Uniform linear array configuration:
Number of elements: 8
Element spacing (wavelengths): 0.75
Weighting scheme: blackman
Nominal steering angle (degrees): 15
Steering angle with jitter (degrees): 16.021
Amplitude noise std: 0.05
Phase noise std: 0.05

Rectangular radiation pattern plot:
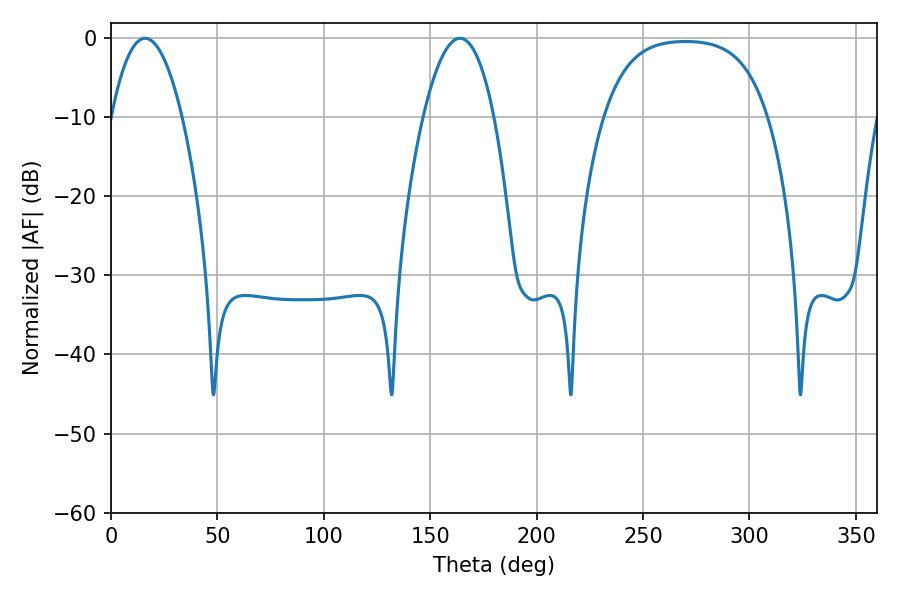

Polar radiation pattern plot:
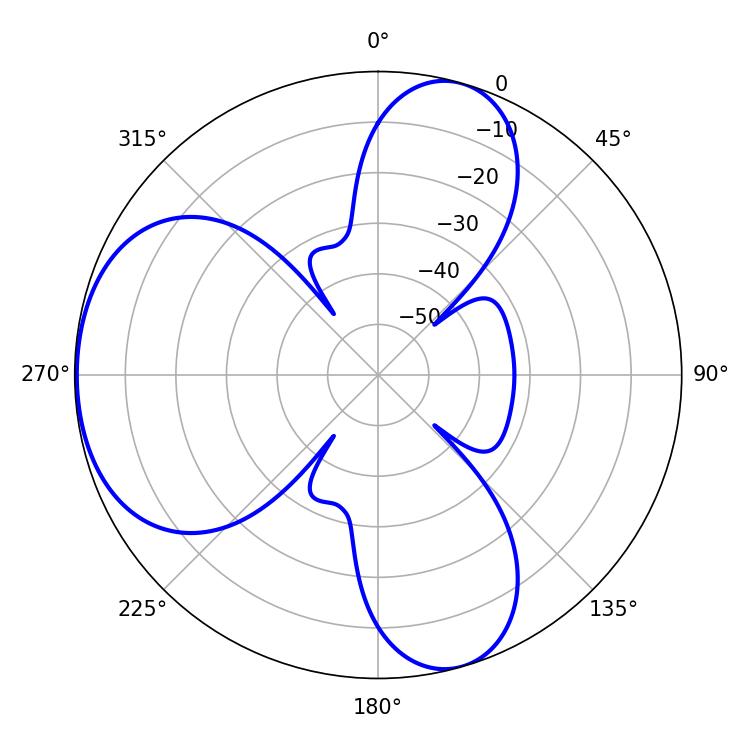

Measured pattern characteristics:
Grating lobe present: TRUE
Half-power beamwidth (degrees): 18.54
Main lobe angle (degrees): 16.02